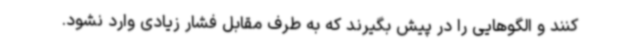
کنند و الگوهایی را در پیش بگیرند که به طرف مقابل فشار زیادی وارد نشود.